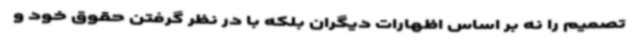
تصمیم را نه بر اساس اظهارات دیگران بلکه با در نظر گرفتن حقوق خود و